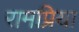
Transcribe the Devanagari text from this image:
रामप्रिया